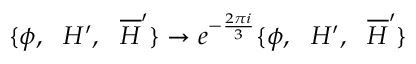
\{ \phi , \, \, \, \, H ^ { \prime } , \, \, \, \, \overline { { { H } } } ^ { \prime } \} \rightarrow e ^ { - \frac { 2 \pi i } { 3 } } \{ \phi , \, \, \, \, H ^ { \prime } , \, \, \, \, \overline { { { H } } } ^ { \prime } \}